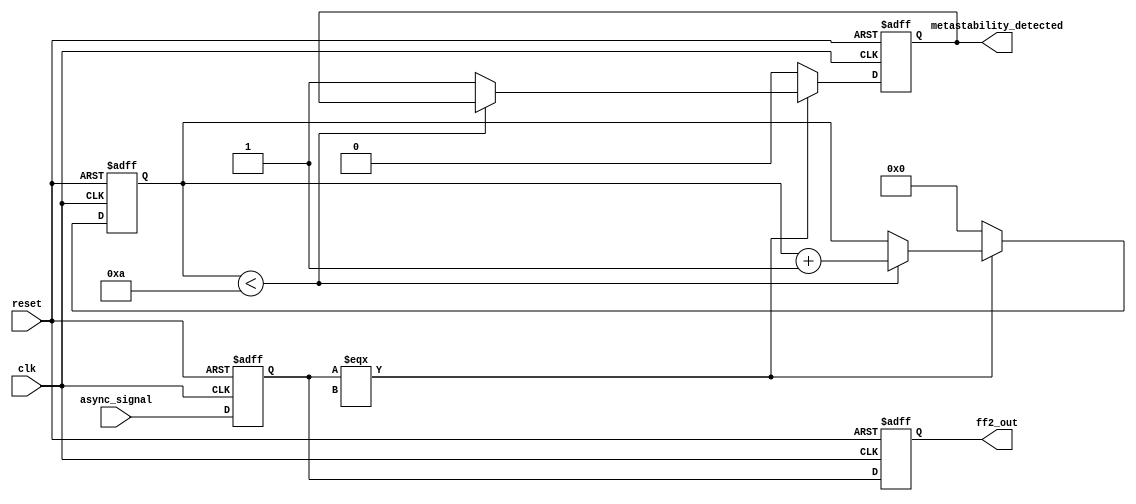
module metastability_detector (
    input wire clk,                // Clock signal
    input wire async_signal,       // Asynchronous input signal
    input wire reset,              // Reset signal
    output reg ff2_out,            // Synchronized output signal
    output reg metastability_detected // Metastability detection flag
);

    // Internal signals
    reg ff1_out;                  // Output of the first flip-flop
    reg [3:0] metastability_counter; // Counter for metastability detection

    // Parameters
    parameter METASTABILITY_THRESHOLD = 4'd10; // Adjust this value based on your timing requirements

    // First flip-flop: samples the asynchronous signal
    always @(posedge clk or posedge reset) begin
        if (reset) begin
            ff1_out <= 1'b0;
        end else begin
            ff1_out <= async_signal;
        end
    end

    // Second flip-flop: samples the output of the first flip-flop
    always @(posedge clk or posedge reset) begin
        if (reset) begin
            ff2_out <= 1'b0;
        end else begin
            ff2_out <= ff1_out;
        end
    end

    // Metastability detection logic
    always @(posedge clk or posedge reset) begin
        if (reset) begin
            metastability_detected <= 1'b0;
            metastability_counter <= 4'd0;
        end else begin
            if (ff1_out === 1'bx) begin // Check if ff1_out is in a metastable state
                if (metastability_counter < METASTABILITY_THRESHOLD) begin
                    metastability_counter <= metastability_counter + 1'b1;
                end else begin
                    metastability_detected <= 1'b1; // Assert metastability detected
                end
            end else begin
                metastability_counter <= 4'd0; // Reset counter if not metastable
                metastability_detected <= 1'b0; // Clear metastability flag
            end
        end
    end

endmodule